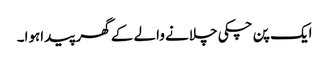
ایک پن چکی چلانے والے کے گھر پیداہوا۔